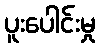
ပူးပေါင်းမှု